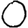
Digit: 0